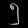
Digit: ၅